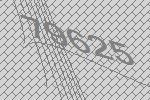
79625